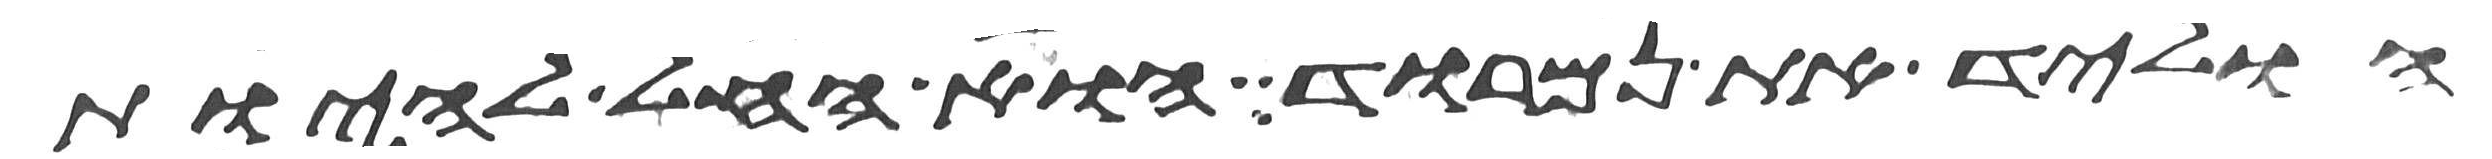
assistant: הוליד את נמרוד הוא החל להיות